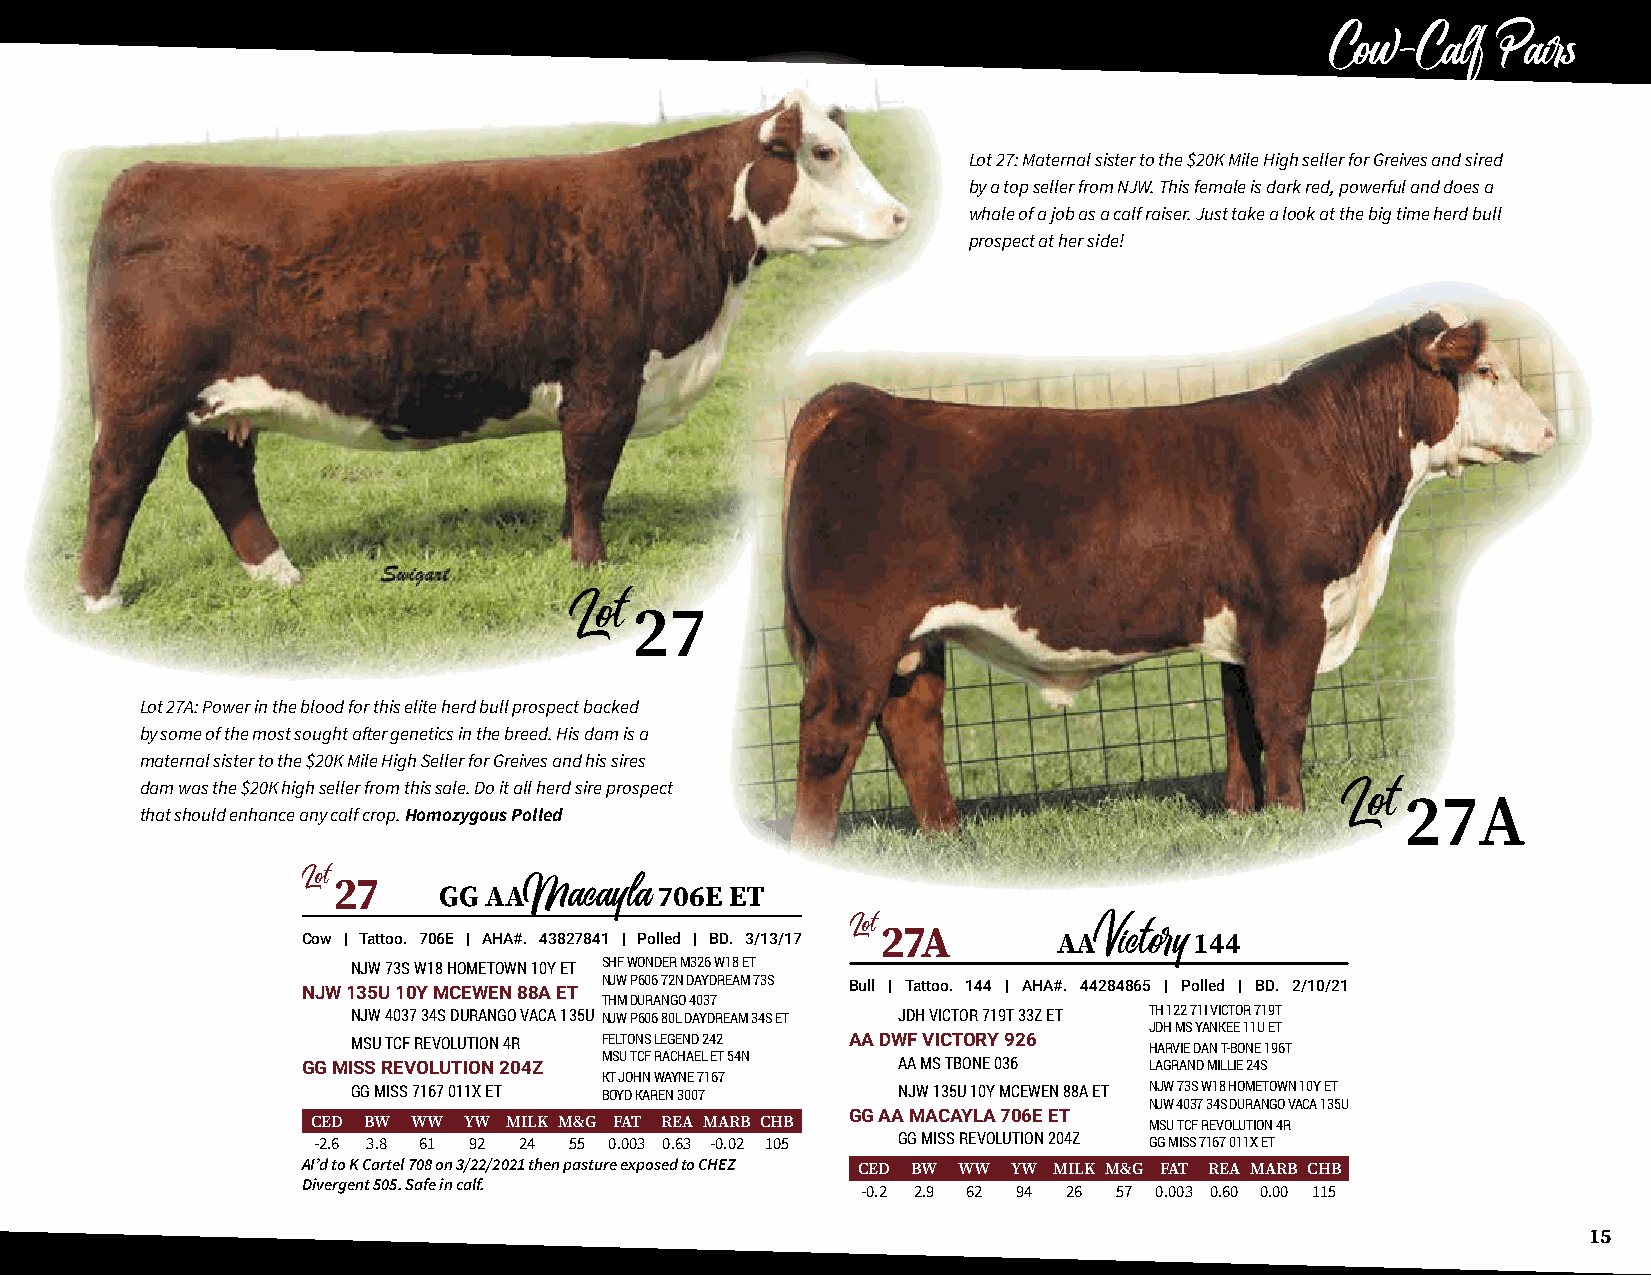
Cow-Calf   Pairs
 Lot 27: Maternal sister to the $20K Mile High seller for Greives and sired
 by a top seller from NJW. This female is dark red, powerful and does a
 whale of a job as a calf raiser. Just take a look at the big time herd bull
 prospect at her side!
 27
 Lot
 Lot 27A: Power in the blood for this elite herd bull prospect backed
 by some of the most sought after genetics in the breed. His dam is a
 maternal sister to the $20K Mile High Seller for Greives and his sires
 dam was the $20K high seller from this sale. Do it all herd sire prospect
 27A
 that should enhance any calf crop. Homozygous Polled                            Lot
 Lot27
 GG AA          706E ET
 Macayla
 Cow | Tattoo. 706E | AHA#. 43827841 | Polled | BD. 3/13/17 Lot27A AA 144
 NJW 73S W18 HOMETOWN 10Y ET SHF WONDER M326 W18 ET Victory
 NJW 135U 10Y MCEWEN 88A ET NJW P606 72N DAYDREAM 73S Bull | Tattoo. 144 | AHA#. 44284865 | Polled | BD. 2/10/21
 THM DURANGO 4037
 NJW 4037 34S DURANGO VACA 135U NJW P606 80L DAYDREAM 34S ET JDH VICTOR 719T 33Z ET TH 122 71I VICTOR 719T
 JDH MS YANKEE 11U ET
 MSU TCF REVOLUTION 4R FELTONS LEGEND 242 AA DWF VICTORY 926 HARVIE DAN T-BONE 196T
 GG MISS REVOLUTION 204Z MSU TCF RACHAEL ET 54N AA MS TBONE 036 LAGRAND MILLIE 24S
 KT JOHN WAYNE 7167
 GG MISS 7167 011X ET BOYD KAREN 3007 NJW 135U 10Y MCEWEN 88A ET NJW 73S W18 HOMETOWN 10Y ET
 NJW 4037 34S DURANGO VACA 135U
 GG AA MACAYLA 706E ET
 CED BW WW YW MILK M&G FAT REA MARB CHB                 MSU TCF REVOLUTION 4R
 -2.6 3.8 61 92 24 55 0.003 0.63 -0.02 105 GG MISS REVOLUTION 204Z GG MISS 7167 011X ET
 AI’d to K Cartel 708 on 3/22/2021 then pasture exposed to CHEZ CED BW WW YW MILK M&G FAT REA MARB CHB
 Divergent 505. Safe in calf.
 -0.2 2.9 62 94 26 57 0.003 0.60 0.00 115
 15